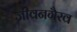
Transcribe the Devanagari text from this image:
जीवनगैरव